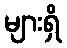
များရှိ